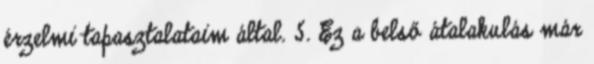
érzelmi tapasztalataim által. 5. Ez a belső átalakulás már